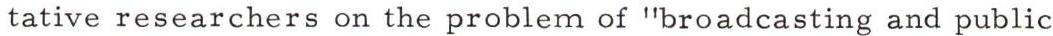
tative researchers on the problem of "broadcasting and public